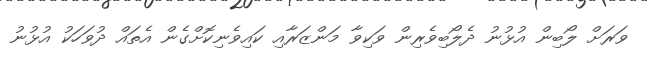
ވަރަށް ލޯބިން އުޅުނު ދެލޯބިވެރިން ވަކިވާ މަންޒަރާއި ކައިވެނިކޮށްގެން އެތައް ދުވަހަކު އުޅުނު